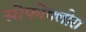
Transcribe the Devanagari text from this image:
सोफोक्लीस